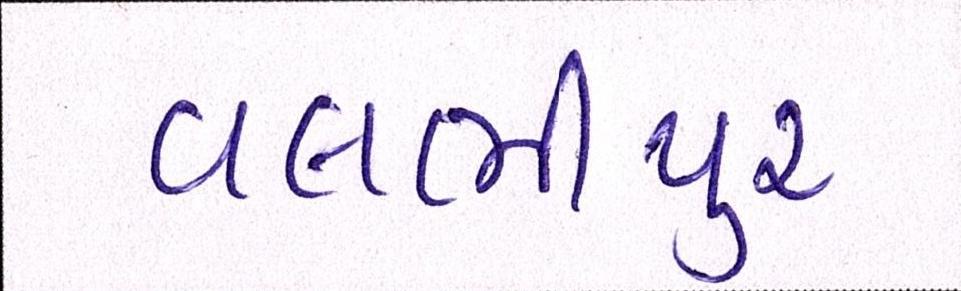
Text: વલભીપુર